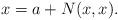
LaTeX: \begin{align*}x=a+N(x,x).\end{align*}